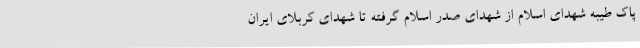
پاک طیبه شهدای اسلام از شهدای صدر اسلام گرفته تا شهدای کربلای ایران